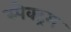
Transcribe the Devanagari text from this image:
स्पेक्‍ट्रम